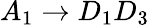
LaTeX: A_{1}\rightarrow D_{1}D_{3}